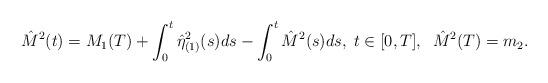
LaTeX: \begin{align*}\hat M^2(t) = M_1(T) + \int_0^t \hat\eta_{(1)}^2(s) ds - \int_0^t \hat M^{2}(s) ds, \; t \in [0,T],\;\; \hat M^2(T) = m_2.\end{align*}